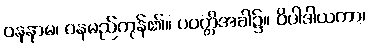
ဝနနာမ၊ ဝနမည်ကုန်၏။ ပဝတ္တိအခါ၌။ ဝိပါဒါယကာ၊